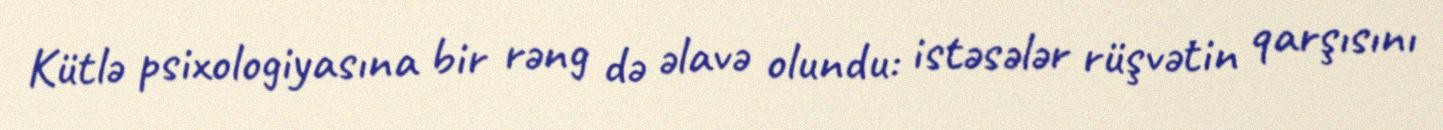
Kütlə psixologiyasına bir rəng də əlavə olundu: istəsələr rüşvətin qarşısını